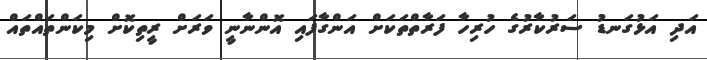
އަދި އަޅުގަނޑު ސަރުކާރުގެ ހުރިހާ ފަރާތްތަކަށް އަންގާފައި އޮންނާނީ ވަރަށް ރީތިކޮށް މިކަންތައްތައް